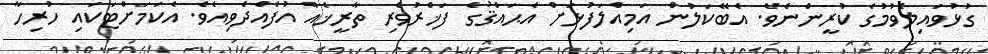
ގުޅުވައިލެވުމުގެ ކުރީންނެވެ. އެބޭކަލުން އަމިއްލަފުޅަށް އެޙައްޤުގެ ފަޚްރުވެރި ތާރީޚެއް އުފެއްދެވިއެވެ. އެކަމަށްޓަކައި ހުރިހާ